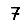
Digit: 7